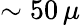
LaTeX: \sim 50\, \mu